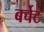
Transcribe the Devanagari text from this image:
बर्चेट